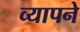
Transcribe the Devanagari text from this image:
व्यापने